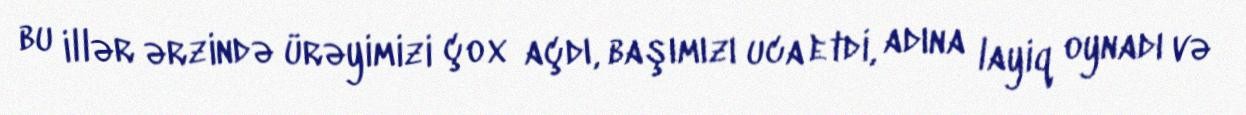
bu illər ərzində ürəyimizi çox açdı, başımızı uca etdi, adına layiq oynadı və